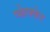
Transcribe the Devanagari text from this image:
प्फेफ्फेर